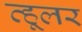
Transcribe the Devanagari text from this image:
व्हूलर